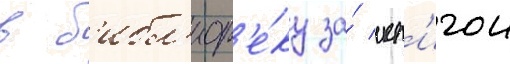
в б'ибл'иот'е́ку за́ кн'игои